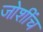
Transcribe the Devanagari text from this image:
जोशींच